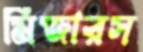
মিজারস